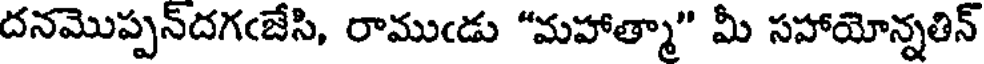
దనమొప్పన్దగఁజేసి, రాముఁడు "మహాత్మా" మీ సహాయోన్నతిన్